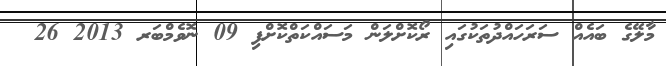
މާލޭގެ ބައެއް ސަރަހައްދުތަކުގައި ރޯކޮށްލަން މަސައްކަތްކޮށްފި 09 ނޮވެމްބަރ 2013 26